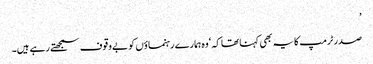
’
صدر ٹرمپ کا یہ بھی کہنا تھا کہ ‘وہ ہمارے رہنماؤں کو بےوقوف سمجھتے رہے ہیں۔